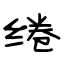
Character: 绻